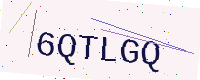
Text: 6QTLGQ